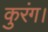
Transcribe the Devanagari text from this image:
कुरंग।